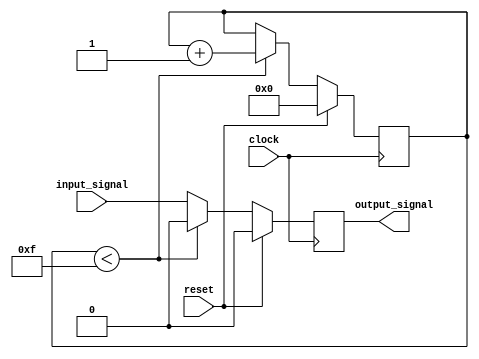
module latch_delay (
    input wire clock,
    input wire reset,
    input wire input_signal,
    output reg output_signal
);

reg [3:0] delay_counter;

always @(posedge clock) begin
    if (reset) begin
        delay_counter <= 4'b0000;
        output_signal <= 1'b0;
    end else if (delay_counter < 4'b1111) begin
        delay_counter <= delay_counter + 4'b0001;
        output_signal <= 1'b0;
    end else begin
        output_signal <= input_signal;
    end
end

endmodule